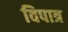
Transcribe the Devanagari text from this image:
विपात्र